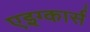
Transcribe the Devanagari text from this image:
एइग्कार्स